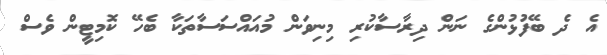
އެ ދެ ބޭފުޅުންގެ ނަން ދިރާސާކުރި މިނިވަން މުއައްސަސާތަކާ ބެހޭ ކޮމިޓީން ވެސް